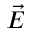
\Vec { E }